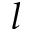
l